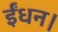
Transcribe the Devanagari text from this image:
ईंधन।